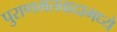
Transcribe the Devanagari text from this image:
पुराणमतवादामध्ये